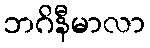
ဘဂိနီမာလာ